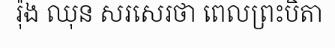
រ៉ុង ឈុន សរសេរថា ពេលព្រះបិតា